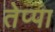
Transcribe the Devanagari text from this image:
तेप्पा